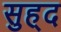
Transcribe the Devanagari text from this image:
सुह्द